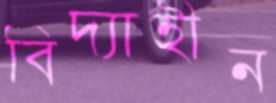
বিদ্যাহীন